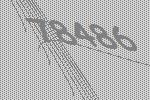
78486